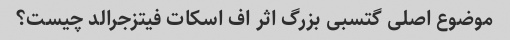
موضوع اصلی گتسبی بزرگ اثر اف اسکات فیتزجرالد چیست؟